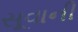
સૂવાની